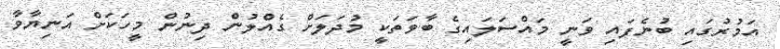
އަމުރުގައި ބުނެފައި ވަނީ މައްސަލައިގެ ބާވަތަކީ މުދަލަށް ގެއްލުން ދިނުން މީހަކަށް އަނިޔާވާ